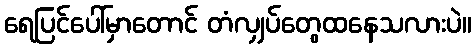
ရေပြင်ပေါ်မှာတောင် တံလျှပ်တွေထနေသလားပဲ။